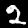
Digit: 2